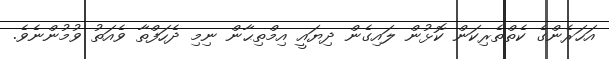
އަހަރެންގެ ކެތްތެރިކަން ކޮޅުން ލައިގެން ދިޔައީ އިމްތިޙާން ނިމި ދެހަފްތާ ވެއަތު ވުމުންނެވެ.